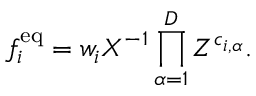
f _ { i } ^ { \mathrm { e q } } = w _ { i } X ^ { - 1 } \prod _ { \alpha = 1 } ^ { D } Z ^ { c _ { i , \alpha } } .